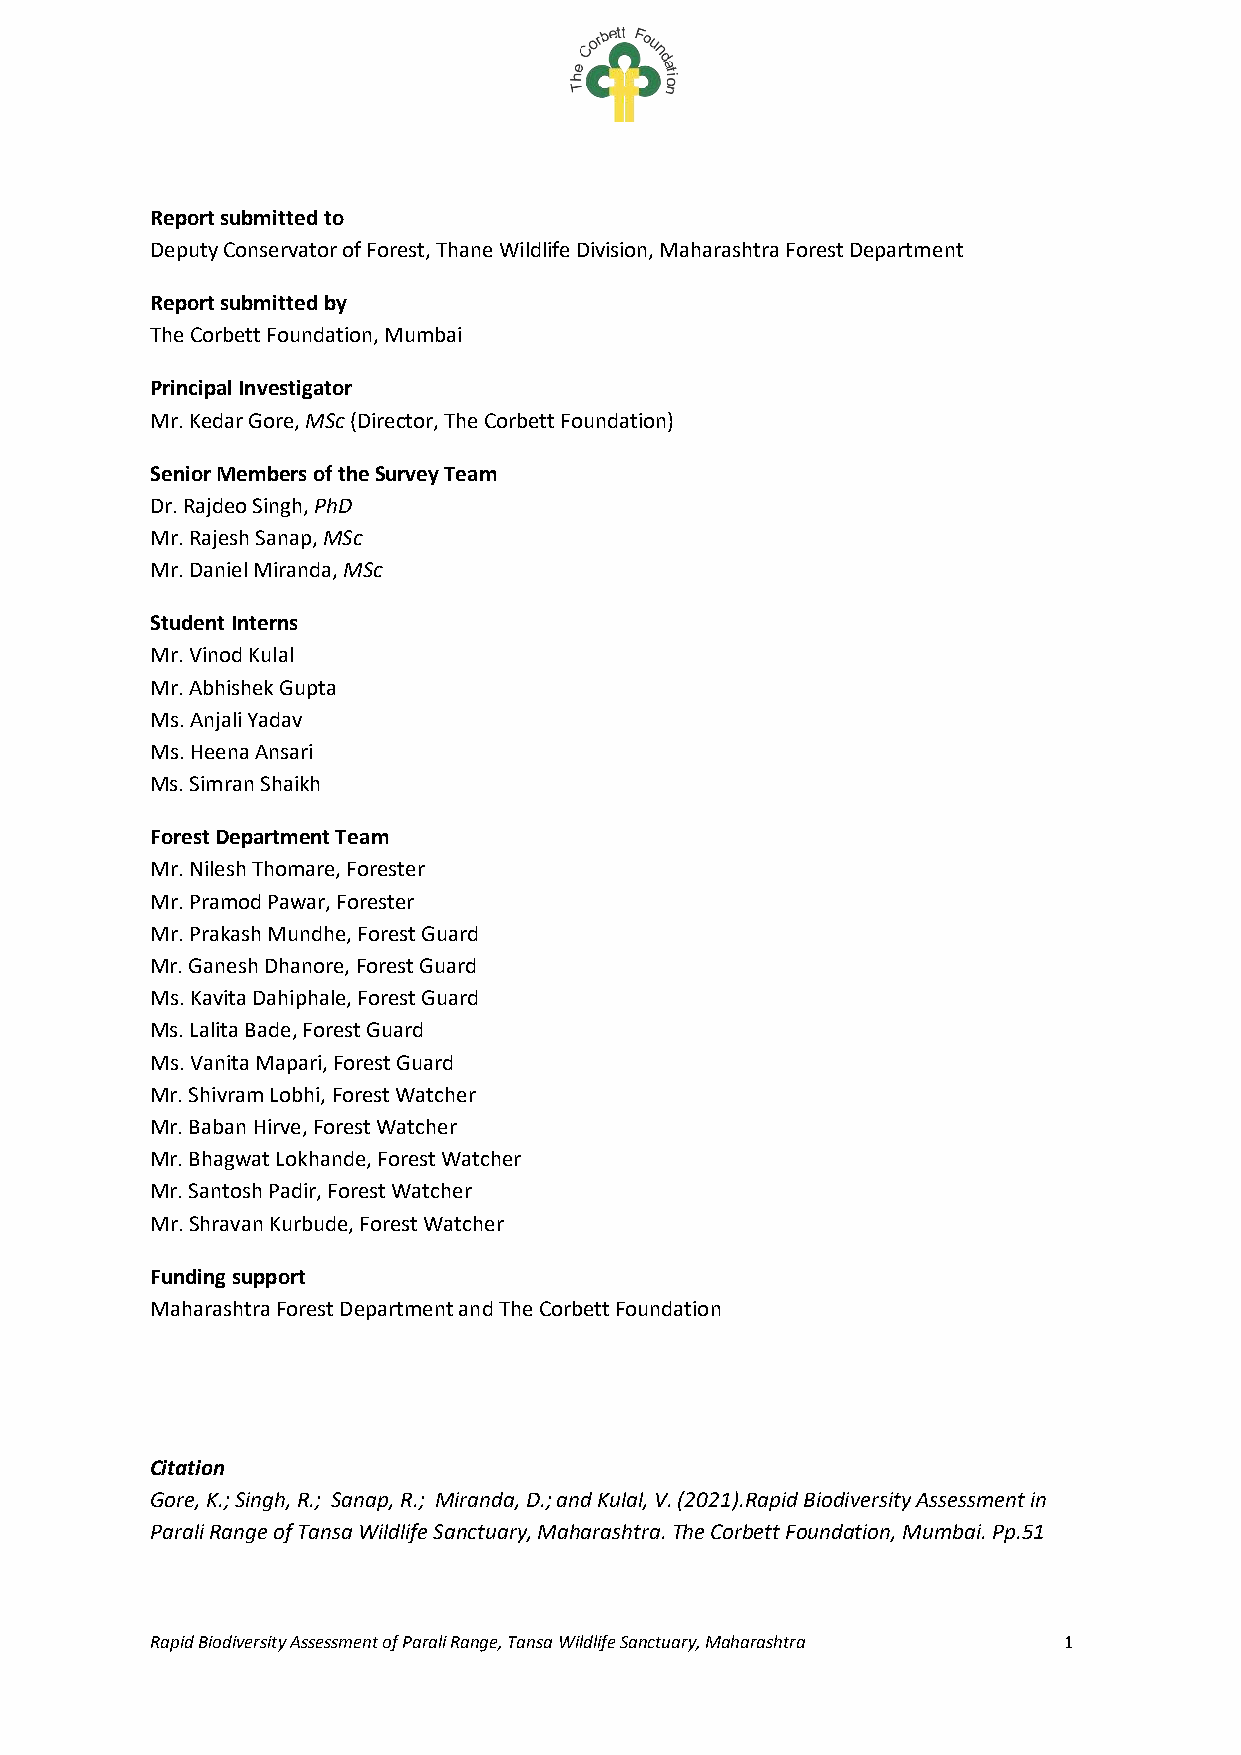
Report submitted to
 Deputy Conservator of Forest, Thane Wildlife Division, Maharashtra Forest Department
 Report submitted by
 The Corbett Foundation, Mumbai
 Principal Investigator
 Mr. Kedar Gore, MSc (Director, The Corbett Foundation)
 Senior Members of the Survey Team
 Dr. Rajdeo Singh, PhD
 Mr. Rajesh Sanap, MSc
 Mr. Daniel Miranda, MSc
 Student Interns
 Mr. Vinod Kulal
 Mr. Abhishek Gupta
 Ms. Anjali Yadav
 Ms. Heena Ansari
 Ms. Simran Shaikh
 Forest Department Team
 Mr. Nilesh Thomare, Forester
 Mr. Pramod Pawar, Forester
 Mr. Prakash Mundhe, Forest Guard
 Mr. Ganesh Dhanore, Forest Guard
 Ms. Kavita Dahiphale, Forest Guard
 Ms. Lalita Bade, Forest Guard
 Ms. Vanita Mapari, Forest Guard
 Mr. Shivram Lobhi, Forest Watcher
 Mr. Baban Hirve, Forest Watcher
 Mr. Bhagwat Lokhande, Forest Watcher
 Mr. Santosh Padir, Forest Watcher
 Mr. Shravan Kurbude, Forest Watcher
 Funding support
 Maharashtra Forest Department and The Corbett Foundation
 Citation
 Gore, K.; Singh, R.; Sanap, R.; Miranda, D.; and Kulal, V. (2021).Rapid Biodiversity Assessment in
 Parali Range of Tansa Wildlife Sanctuary, Maharashtra. The Corbett Foundation, Mumbai. Pp.51
 Rapid Biodiversity Assessment of Parali Range, Tansa Wildlife Sanctuary, Maharashtra 1